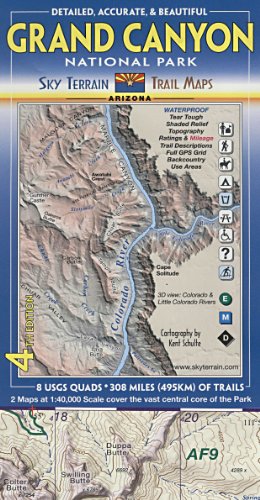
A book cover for Grand Canyon Trail Map 4th Edition; Kent Schulte; Reference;